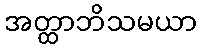
အတ္ထာဘိသမယာ